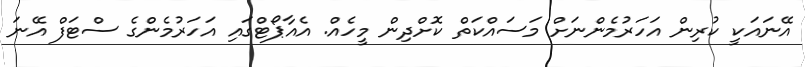
އޭނައަކީ ކުރިން އަހަރުމެންނަށް މަސައްކަތް ކޮށްދިން މީހެއް. އެއާޕޯޓްގައި އަހަރުމެންގެ ސްޓަފް އޭނަ